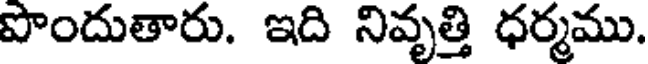
పొందుతారు. ఇది నివృత్తి ధర్మము.